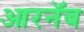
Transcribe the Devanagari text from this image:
आरनॅब